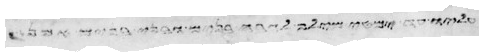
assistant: אחיו כי איך אעלה אל אבי והנער איננו